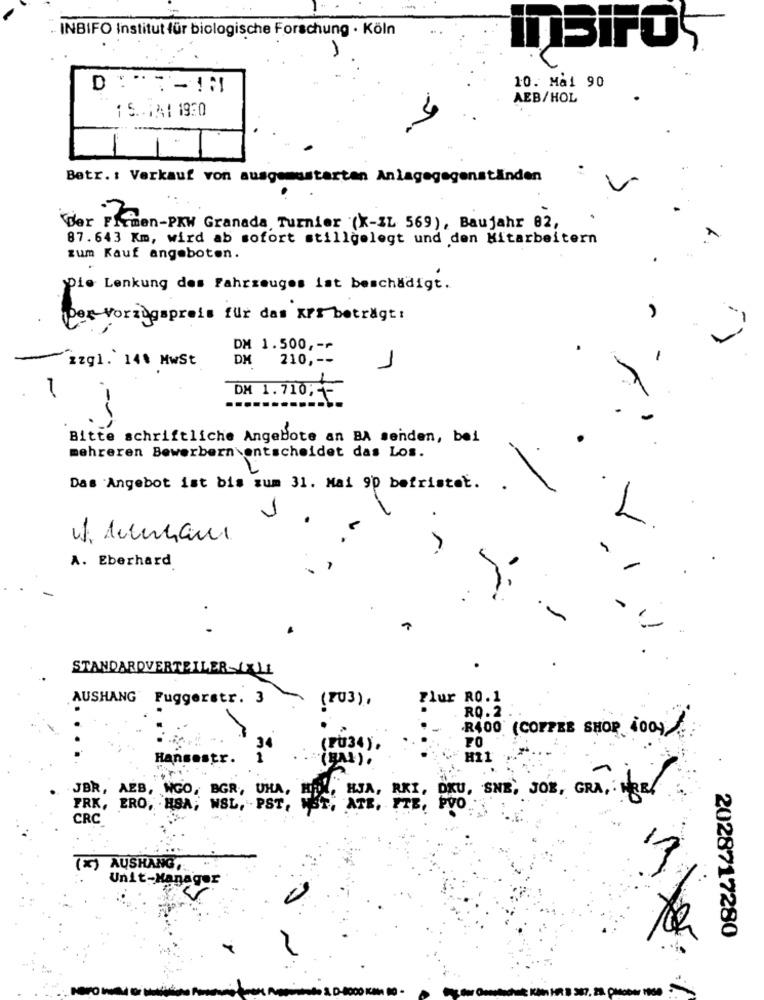
INBIFO Institut für biologische Forschung · Köln
10. Mal 90
AEB/HOL
1 5. 14 : 1950
Betr .: Verkauf von ausgemusterten Anlagegegenständen
der Firmen-PKW Granada, Turnier (X-IL 569), Baujahr 82,
87.643 Km, wird ab sofort stillgelegt und den Mitarbeitern
zum Kauf angeboten.
Die Lenkung des Fahrzeuges ist beschädigt.
per Vorzugspreis für das Kr beträgt:
DM 1.500 ,-*
zzgl. 14% Mwst
DM
210 ,--
1
DM 1.710; +
Bitte schriftliche Angebote an BA senden, bei
mehreren Bewerbern \entscheidet das Los.
Das Angebot ist bis zum 31. Mai 90 befristet.
L
A. Eberhard
STANDARDVERTEILER-XML
AUSHANG Fuggerstr. 3
(PU3) .
Flur RO.1
RQ.2
..
8400 (COFFEE SHOP, 00)
34
(PU34).
Hansestr. 1
(AB).
HI1
JBR, AEB, WGO, BGR ., UHA,
DKU, SNE, JOR, GRA, EL
FRK, ERO, HSA; WSL, . PST,
KE, ATE, PTE, POO"
CRC
AUSHANG,
Unit-Manager
2028717280
387.23. plsober 1900